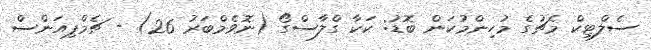
ސެލްޓިކް މެޗުގެ މުހިންމުކަން ބޮޑު: ކަކާ ގްލާސްގޯ (ނޮވެމްބަރު 26) - ޗެމްޕިއަންސް